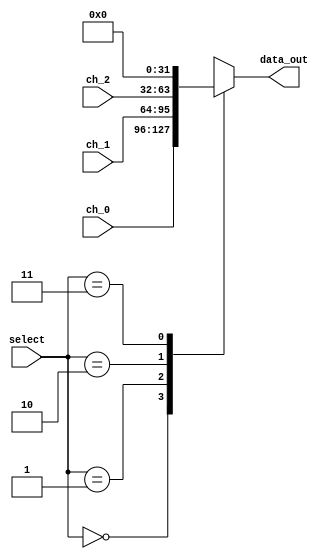
//==================================================================================================
//  Revision      :
//  Company       : Instituto Tecnologico de Costa Rica
//
//  Description   :
//
//
//==================================================================================================
`timescale 1ns / 1ps

module Mux_3x1_b #(parameter W=32)
(
//Input Signals
input wire [1:0] select,
input wire [W-1:0] ch_0,
input wire [W-1:0] ch_1,
input wire [W-1:0] ch_2,
//Output Signals
output reg [W-1:0] data_out
);
    always @*
        begin
            case(select)
                2'b00: data_out <= ch_0;
                2'b01: data_out <= ch_1;
                2'b10: data_out <= ch_2;
                2'b11: data_out <= {W{1'b0}};
                default : data_out <= ch_0;
            endcase
        end
endmodule